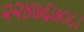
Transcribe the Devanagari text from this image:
२२४७६७०८।